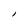
Character: l